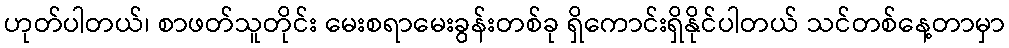
ဟုတ်ပါတယ်၊ စာဖတ်သူတိုင်း မေးစရာမေးခွန်းတစ်ခု ရှိကောင်းရှိနိုင်ပါတယ် သင်တစ်နေ့တာမှာ